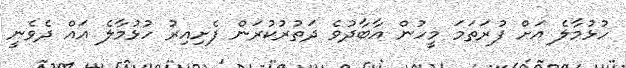
ހުޅުމާލެ އަށް ފުރަތަމަ މީހުން އާބާދުވެ ދަތުރުކުރަން ފެށިއިރު ހުޅުމާލެ އައް ދެވެނީ